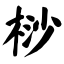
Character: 桫